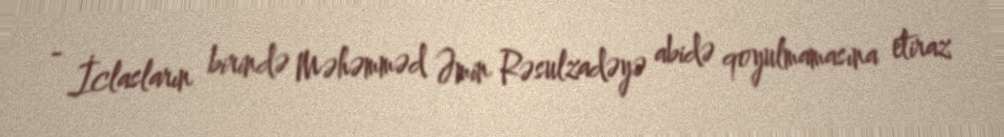
- İclasların birində Məhəmməd Əmin Rəsulzadəyə abidə qoyulmamasına etiraz